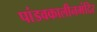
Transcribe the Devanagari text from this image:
पांडवकालीनमंदिर